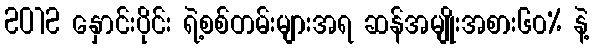
2012 နှောင်းပိုင်း ရဲ့စစ်တမ်းများအရ ဆန်အမျိုးအစား၆၀% နဲ့